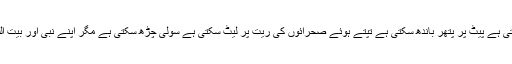
عالم کفر تم نے اس امت کو چھیڑا ہے جو بھوک پیاس برداشت کرسکتی ہے پیٹ پر پتھر باندھ سکتی ہے تپتے ہوئے صحرائوں کی ریت پر لیٹ سکتی ہے سولی چڑھ سکتی ہے مگر اپنے نبی ۖاور بیت اللہ کی طرف میلی آنکھ سے دیکھنے والوں کو برداشت نہیں کر سکتی۔